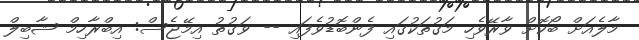
މާލެއަށް ބޯކޮށް ވާރޭވެހި މަގުތަކުގައި ފެންބޮޑުވެފައި -- ވަގުތު އިމޭޖެސް: އިބްރާހިމް ޝާބިލް